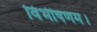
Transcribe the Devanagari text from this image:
विभीषणम।